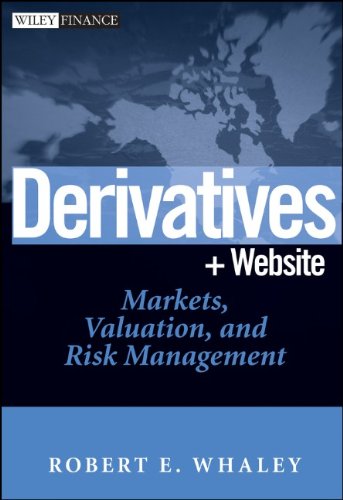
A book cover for Derivatives: Markets, Valuation, and Risk Management; Robert E. Whaley; Business & Money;